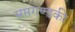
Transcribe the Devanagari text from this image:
सप्तगण्डकी